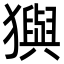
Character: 㺞